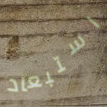
استبعاد